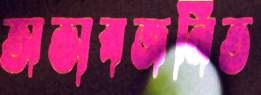
অভাবজনিত